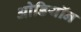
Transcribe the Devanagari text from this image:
ओडियॉन